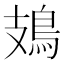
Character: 鳷